Problem: 4 + 2 = ?
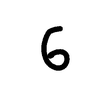
Handwritten answer: 26